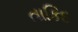
તાકિદ